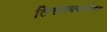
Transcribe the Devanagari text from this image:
तिरुतक्कदेवर